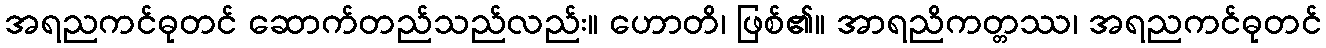
အရညကင်ဓုတင် ဆောက်တည်သည်လည်း။ ဟောတိ၊ ဖြစ်၏။ အာရညိကတ္တဿ၊ အရညကင်ဓုတင်